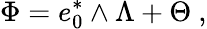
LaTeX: \Phi=e_{0}^{*}\wedge\Lambda+\Theta~,